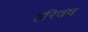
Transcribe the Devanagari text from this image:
हरिवंष